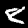
Digit: 8